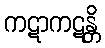
ကဋာကဋန္တိ